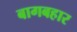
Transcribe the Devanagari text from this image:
बागबहार